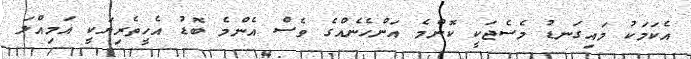
އެކަމަކު މައިގަނޑު މެސެޖަކީ ކޮންމެ އަންހެނެއްގެ ވެސް އެންމެ ބޮޑު އެހީތެރިޔަކީ އަމިއްލަ